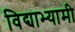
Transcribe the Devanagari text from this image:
विद्याभ्यामी